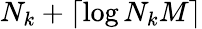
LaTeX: N_{k}+\lceil\log N_{k}M\rceil